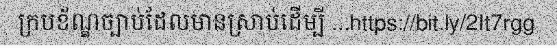
ក្របខ័ណ្ឌច្បាប់ដែលមានស្រាប់ដើម្បី ...https://bit.ly/2It7rgg